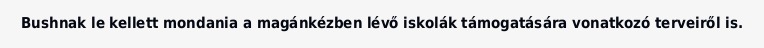
Bushnak le kellett mondania a magánkézben lévő iskolák támogatására vonatkozó terveiről is.